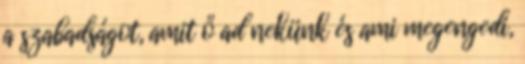
a szabadságot, amit ő ad nekünk és ami megengedi,